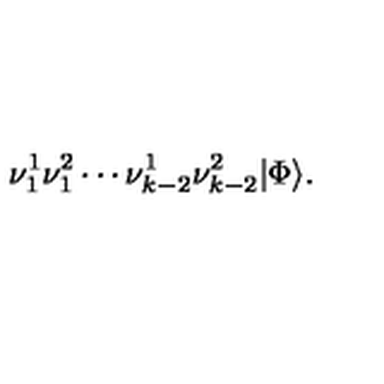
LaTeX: \nu _ { 1 } ^ { 1 } \nu _ { 1 } ^ { 2 } \cdots \nu _ { k - 2 } ^ { 1 } \nu _ { k - 2 } ^ { 2 } \vert \Phi \rangle .